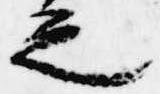
之